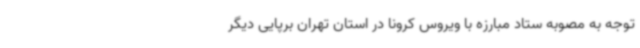
توجه به مصوبه ستاد مبارزه با ویروس کرونا در استان تهران برپایی دیگر